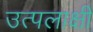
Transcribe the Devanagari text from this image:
उत्पलाक्षी